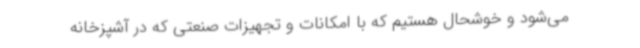
می‌شود و خوشحال هستیم که با امکانات و تجهیزات صنعتی که در آشپزخانه